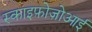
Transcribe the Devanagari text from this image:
स्काइफ़ोज़ोआई